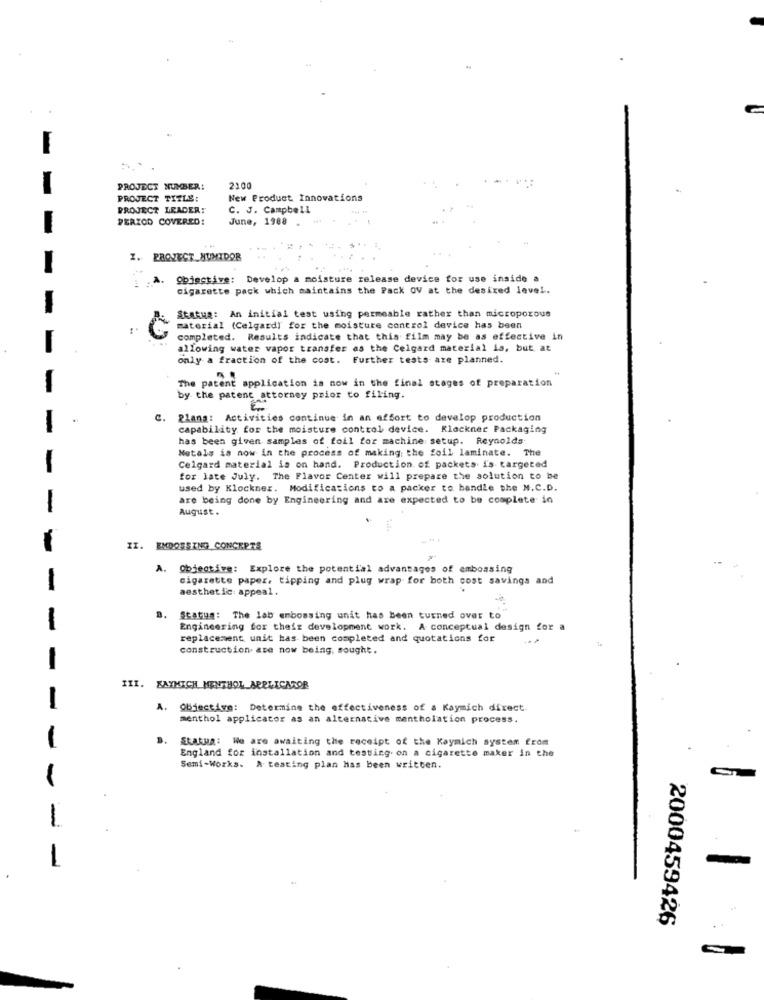
PROJECT NUMBER:
2100
PROJECT TITLE:
New Product. Innovations
PROJECT LEADER:
C. J. Campbell
PERIOD COVERED:
June, 1988 . ..
I. PROJECT_HUMIDOR
. Objective: Develop a moisture release device for use inside a
cigarette pack which maintains the Pack OV at the desired leve !.
Status: An initial test using permeable rather than microporous
material (Celgard] for the moisture control device has been
completed. Results indicate that this film may be as effective in
allowing water vapor transfer as the Celgard material is, but at
only a fraction of the cost. Further tests are planned.
The patent application is now in the final stages of preparation
by the patent attorney prior to filing.
c.
Rlana: Activities continue in an effort to develop production
capability for the moisture control device. Klockner Packaging
has been given samples of foil for machine setup. Reynolds
Netals is now in the process of making the foil laminate. The
Celgard material is on hand. Production of packets i's targeted
for late July. The Flavor Center will prepare the solution to be
used by Klockner. Modifications to a packer to handle the N.C.D.
are being done by Engineering and are expected to be complete in
August.
II. EMDOSSING CONCEPTS
A. Objective: Explore the potential advantages of embossing
cigarette paper, tipping and plug wrap for both cost savings and
-
aesthetic: appeal.
B.
Status: The lab embossing unit has been turned over to
-
Engineering for their development work. A conceptual design for a
replacement unit has been completed and quotations for
construction. ace now being, sought.
-
III. XAYMICH MENTHOL APPLICATOR
-
A.
Objective: Determine the effectiveness of a Kaymich direct.
menthol applicator as an alternative mentholation process.
Status: We are awaiting the receipt of the Kaymich system from
-
England for installation and testing. on a cigarette maker in the
Semi-Works. A testing plan Has been written.
-
1
2000459426